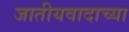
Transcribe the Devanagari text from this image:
जातीयवादाच्या